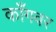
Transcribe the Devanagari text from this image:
काँगवर